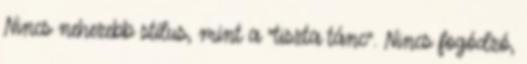
Nincs nehezebb stílus, mint a "tiszta tánc". Nincs fogódzó,